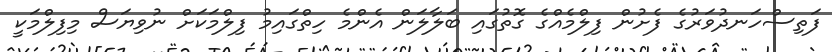
ފަތިސްހަނދުވަރުގެ ފެށުން ފިލްމެއްގެ ގޮތުގައި ބަލާލަން އެންމެ ހިތްގައިމު ފިލްމަކަށް ނުވިޔަސް މިފިލްމަކީ